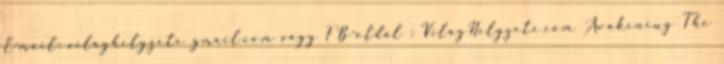
E-mail: vilaghelyzete gmail.com vagy FB-oldal : VilagHelyzete.com Awakening The